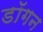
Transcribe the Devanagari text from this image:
डॉगन